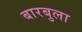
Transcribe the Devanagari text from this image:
बारबुला